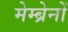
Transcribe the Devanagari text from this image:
मेम्ब्रेनों